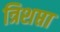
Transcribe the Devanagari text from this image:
त्रिशप्ता